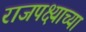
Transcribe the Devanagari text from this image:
राजपक्ष्याच्या